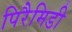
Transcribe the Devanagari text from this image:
पिरैमिडी